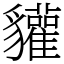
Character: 貛